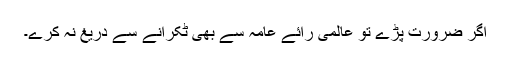
اگر ضرورت پڑے تو عالمی رائے عامہ سے بھی ٹکرانے سے دریغ نہ کرے۔